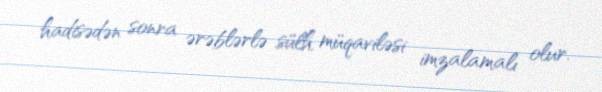
hadisədən sonra ərəblərlə sülh müqaviləsi imzalamalı olur.